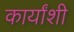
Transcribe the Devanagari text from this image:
कार्यांशी